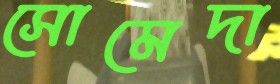
সোমেদা